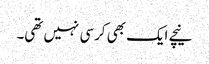
نیچے ایک بھی کرسی نہیں تھی۔